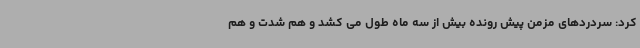
کرد: سردردهای مزمن پیش رونده بیش از سه ماه طول می کشد و هم شدت و هم